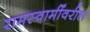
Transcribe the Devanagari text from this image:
रामस्वामींवरील